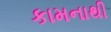
કામનાથી